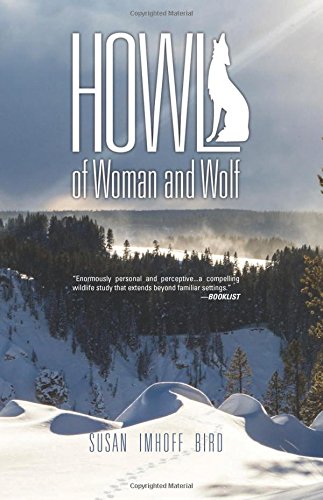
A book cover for Howl: of Woman and Wolf; Susan Imhoff Bird; Science & Math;